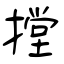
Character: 摚